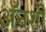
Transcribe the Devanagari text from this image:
अॅनशी